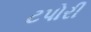
ટપોરી